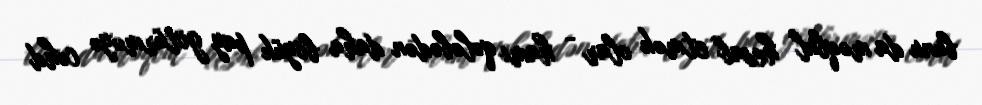
bunu da məqbul hesab etmək olar - hamı qələbədən daha böyük pay götürməyə cəhd